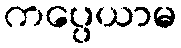
ကပ္ပေယာမ